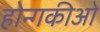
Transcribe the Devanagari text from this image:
होन्गकीओ